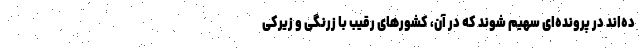
ده‌اند در پرونده‌ای سهیم شوند که در آن، کشورهای رقیب با زرنگی و زیرکی